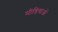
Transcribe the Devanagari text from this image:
मीडियाओं